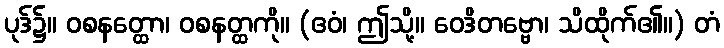
ပုဒ်၌။ ဝစနတ္ထော၊ ဝစနတ္ထကို။ (ဧဝံ၊ ဤသို့။ ဝေဒိတဗ္ဗော၊ သိထိုက်၏။) တံ